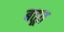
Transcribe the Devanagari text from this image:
बतूत